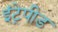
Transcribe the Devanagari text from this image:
इंट्रेपीड